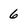
Character: 6